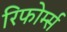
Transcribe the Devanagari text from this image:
रिफोर्म्स